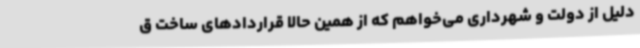
دلیل از دولت و شهرداری می‌خواهم که از همین حالا قراردادهای ساخت ق